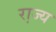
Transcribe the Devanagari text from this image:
रा़ज्य